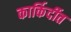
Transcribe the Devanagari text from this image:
कार्किर्दीत